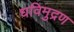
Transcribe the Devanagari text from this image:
धविमुद्रण